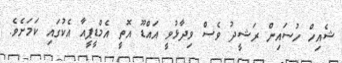
ޝެއިހް ހުސައިން ރަޝީދު ވެސް ވިދާޅުވީ އައްޑޫ އޮތީ އެމްޑީޕީއާ އެކުގައި ކަމަށެވެ.